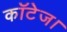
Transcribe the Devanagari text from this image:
कॉटेज।